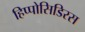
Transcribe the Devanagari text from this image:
हिप्पोसिडिरस